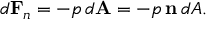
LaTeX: d \mathbf { F } _ { n } = - p \, d \mathbf { A } = - p \, \mathbf { n } \, d A .